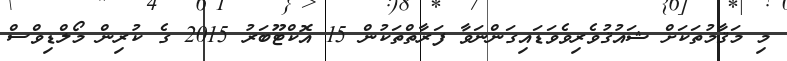
މި މަޤާމުތަކަށް ޝައުޤުވެރިވެވަޑައިގަންނަވާ ފަރާތްތަކުން 15 އޮކްޓޫބަރު 2015 ގެ ކުރިން މޯލްޑިވްސް